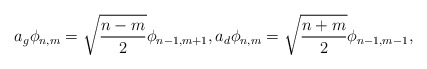
\begin{align*}a_g \phi_{n,m}=\sqrt{\frac{n-m}2}\phi_{n-1,m+1},a_d \phi_{n,m}=\sqrt{\frac{n+m}2} \phi_{n-1,m-1},\end{align*}